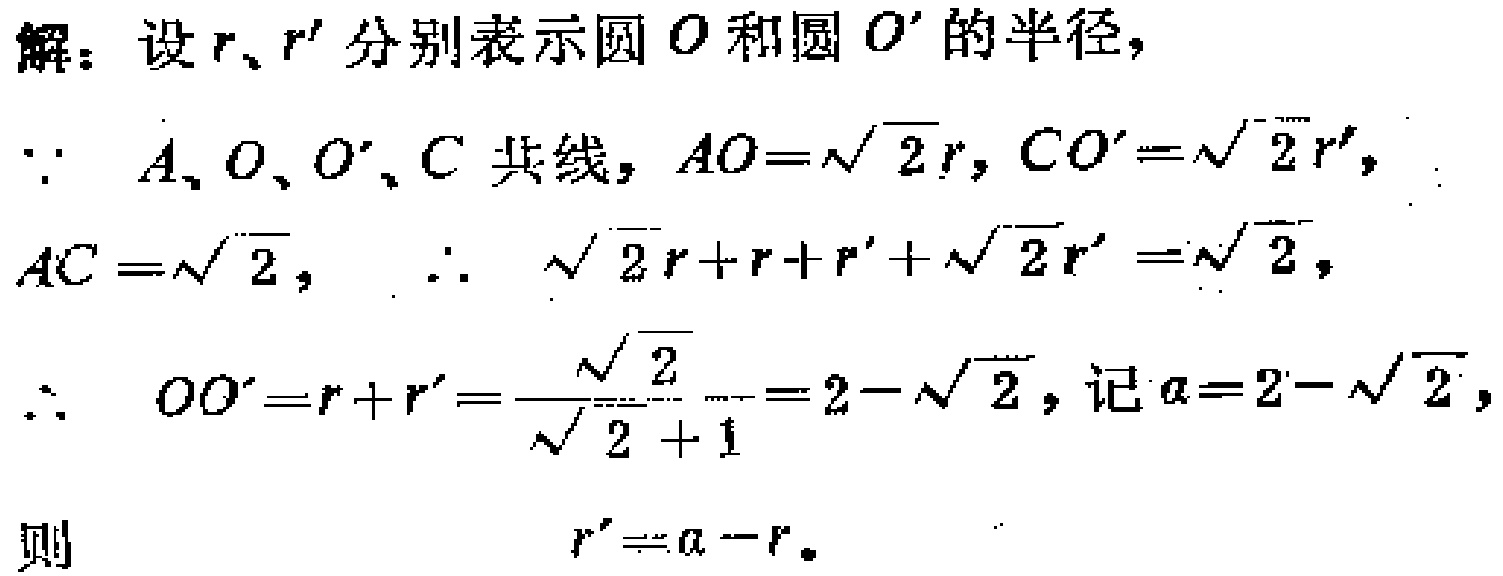
解：设\(r、r'\)分别表示圆\(O\)和圆\(O'\)的半径,
\(\because A、O、O'、C\)共线，\(AO = \sqrt{2}r\)，\(CO'=\sqrt{2}r'\)，
\(AC = \sqrt{2}\)， \(\therefore \sqrt{2}r + r + r'+\sqrt{2}r'=\sqrt{2}\)，
\(\therefore OO'=r + r'=\frac{\sqrt{2}}{\sqrt{2}+1}=2 - \sqrt{2}\)，记\(a = 2-\sqrt{2}\)，
则
\(r'=a - r\)。